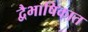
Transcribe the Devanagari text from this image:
द्वैभाषिकात